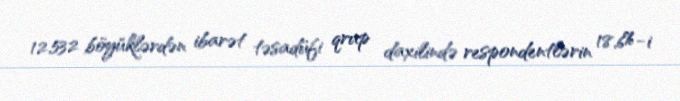
12,532 böyüklərdən ibarət təsadüfi qrup daxilində respondentlərin 18,6%-i